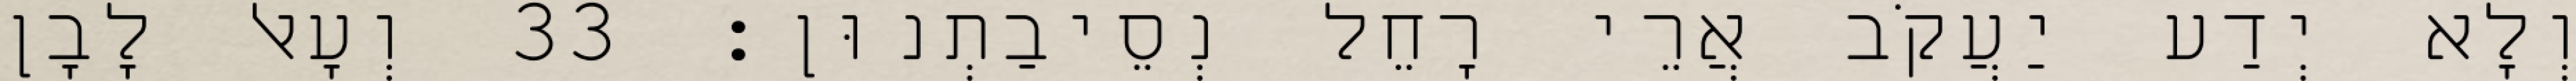
וְלָא יְדַע יַעֲקֹב אֲרֵי רָחֵל נְסֵיבַתְנוּן׃ 33 וְעָאל לָבָן